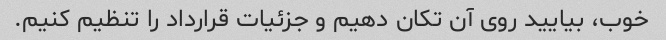
خوب، بیایید روی آن تکان دهیم و جزئیات قرارداد را تنظیم کنیم.